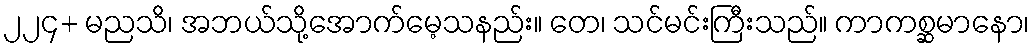
၂၂၄+ မညသိ၊ အဘယ်သို့အောက်မေ့သနည်း။ တေ၊ သင်မင်းကြီးသည်။ ကာကစ္ဆမာနော၊